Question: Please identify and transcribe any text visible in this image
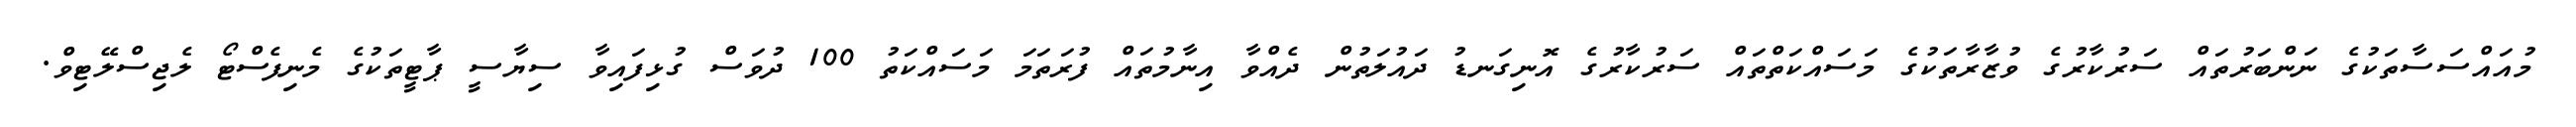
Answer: މުއައްސަސާތަކުގެ ނަންބަރުތައް ސަރުކާރުގެ ވުޒާރާތަކުގެ މަސައްކަތްތައް ސަރުކާރުގެ އޮނިގަނޑު ދައުލަތުން ދެއްވާ އިނާމުތައް ފުރަތަމަ މަސައްކަތު 100 ދުވަސް ގުޅިފައިވާ ސިޔާސީ ޕާޓީތަކުގެ މެނިފެސްޓޯ ލެޖިސްލޭޓިވް.